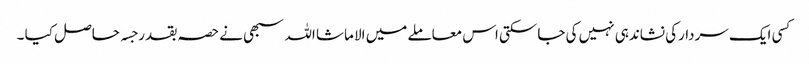
کسی ایک سردارکی نشاندہی نہیں کی جاسکتی اس معاملے میں الا ماشا اللہ سبھی نے حصہ بقدر جسہ حاصل کیا ۔